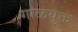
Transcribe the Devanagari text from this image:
गाळयुक्त